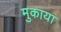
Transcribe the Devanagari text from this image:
मुकाया